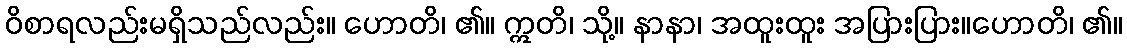
ဝိစာရလည်းမရှိသည်လည်း။ ဟောတိ၊ ၏။ ဣတိ၊ သို့။ နာနာ၊ အထူးထူး အပြားပြား။ဟောတိ၊ ၏။